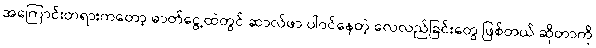
အကြောင်းတရားကတော့ ဓာတ်ငွေ့ထဲတွင် ဆာလ်ဖာ ပါဝင်နေတဲ့ လေလည်ခြင်းတွေ ဖြစ်တယ် ဆိုတာကို